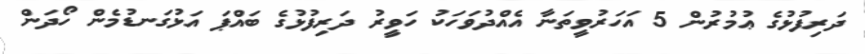
ދަރިފުޅުގެ ޢުމުރުން 5 އަހަރުވީތަނާ އެއްދުވަހަކު ހަވީރު ދަރިފުޅުގެ ބައްޕަ އަޅުގަނޑުމެން ހޯދަން